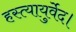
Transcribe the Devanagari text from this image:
हस्त्यायुर्वेद।